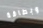
وبطاقة